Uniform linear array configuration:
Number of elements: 8
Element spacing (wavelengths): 1
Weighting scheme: hamming
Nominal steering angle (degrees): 30
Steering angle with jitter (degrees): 30.558
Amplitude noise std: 0.05
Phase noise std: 0.05

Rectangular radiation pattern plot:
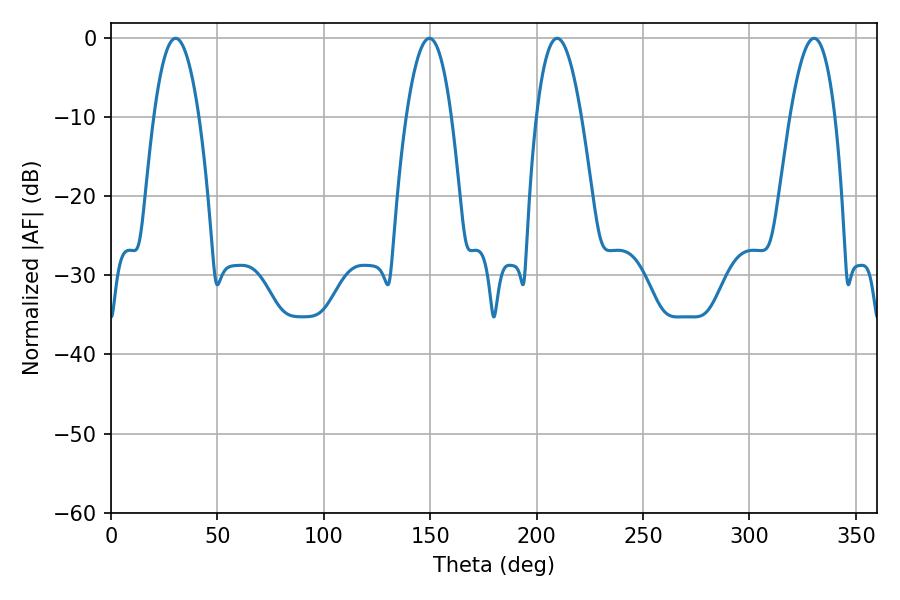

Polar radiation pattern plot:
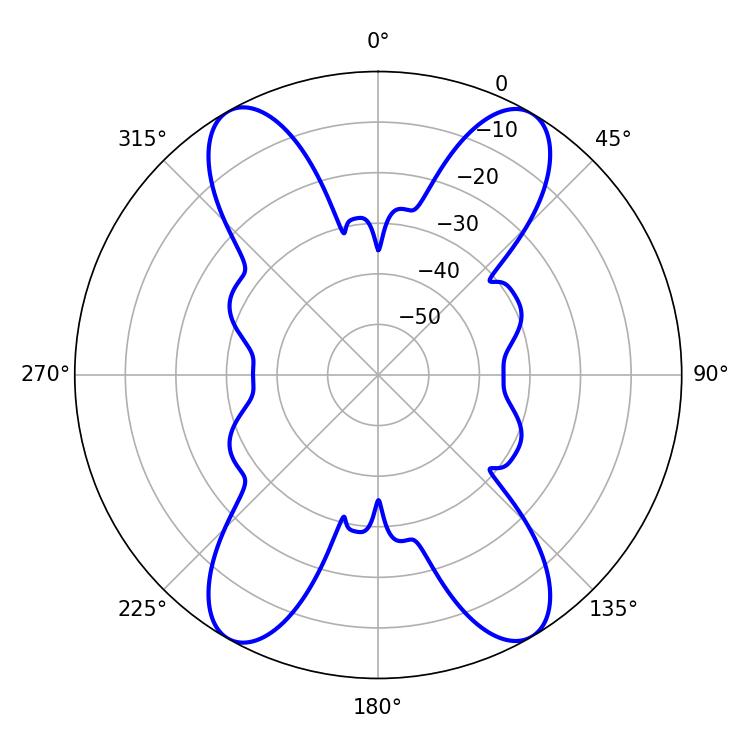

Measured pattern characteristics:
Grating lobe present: TRUE
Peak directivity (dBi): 28.132
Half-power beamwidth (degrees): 11.7
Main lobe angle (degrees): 30.42